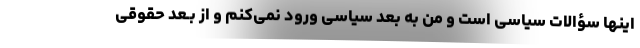
اینها سؤالات سیاسی است و من به بُعد سیاسی ورود نمی‌کنم و از بـعد حقوقی